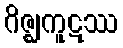
ဂိဇ္ဈကူဋဿ